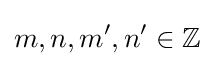
m,n,m',n'\in \mathbb {Z}